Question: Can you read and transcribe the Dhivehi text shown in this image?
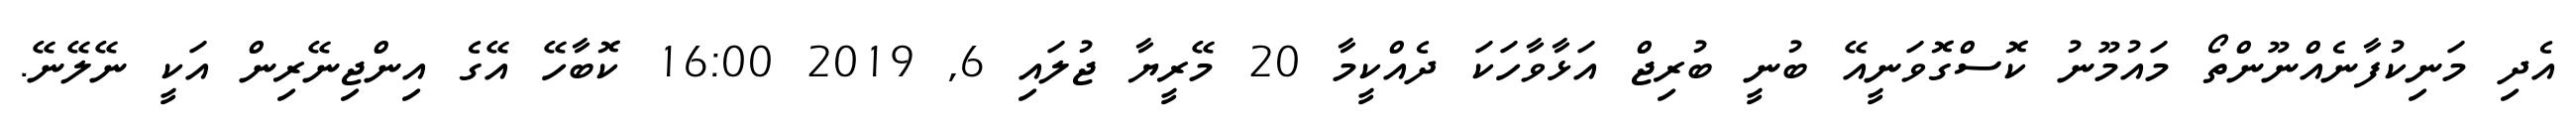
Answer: އެދި މަނިކުފާނެއްނޫންތޯ މައުމޫނު ކޮސްގޮވަނީއޭ ބުނީ ބުރިޖް އަޅާވާހަކަ ދެއްކީމާ 20 މޭރީޔާ ޖުލައި 6, 2019 16:00 ކޮބާހޭ އޭގެ އިންޖިނޭރިން އަކީ ނޭލޭނޭ.